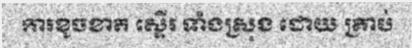
ការខូចខាត ស្ទើរ ទាំងស្រុង ដោយ គ្រាប់